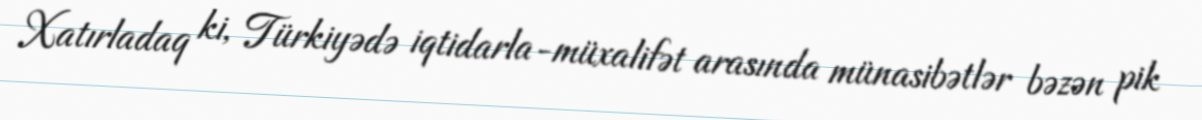
Xatırladaq ki, Türkiyədə iqtidarla-müxalifət arasında münasibətlər bəzən pik